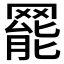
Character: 𦋼